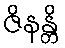
ဇိနန္တိ